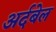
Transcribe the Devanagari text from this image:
अर्दबेल